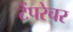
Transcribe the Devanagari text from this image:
टेंपरेचर